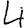
Digit: 4